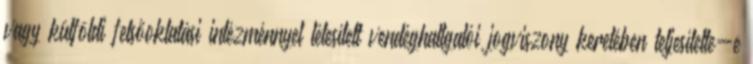
vagy külföldi felsőoktatási intézménnyel létesített vendéghallgatói jogviszony keretében teljesítette-e